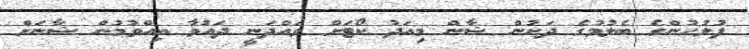
ފުލުހުންގެ ބެލުމުގެ ދަށުން ޝާން މިއަދު ކޯޓަށް ވައްދަނީ ދައުވާ އިއްވުމުން ޝާނަށް